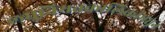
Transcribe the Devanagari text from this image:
लघुनियतकालिकांमधून